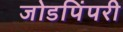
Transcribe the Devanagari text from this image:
जोडपिंपरी